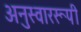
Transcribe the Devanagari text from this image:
अनुस्वाररूपी